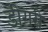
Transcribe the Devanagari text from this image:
डीगरी